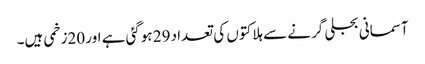
آسمانی بجلی گرنے سے ہلاکتوں کی تعداد 29 ہوگئی ہے اور 20زخمی ہیں۔